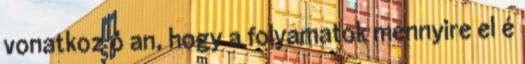
vonatkoz ó an, hogy a folyamatok mennyire el é